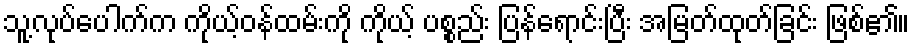
သူ့လုပ်ပေါက်က ကိုယ့်ဝန်ထမ်းကို ကိုယ့် ပစ္စည်း ပြန်ရောင်းပြီး အမြတ်ထုတ်ခြင်း ဖြစ်၏။